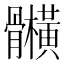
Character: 𲌕